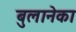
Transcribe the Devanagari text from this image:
बुलानेका